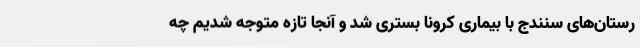
رستان‌های سنندج با بیماری کرونا بستری شد و آنجا تازه متوجه شدیم چه